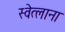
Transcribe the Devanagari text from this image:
स्वेत्लाना